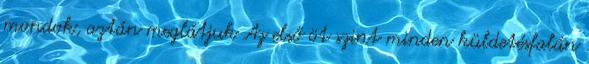
mondok, aztán meglátjuk Az első öt szint minden küldetésfalán